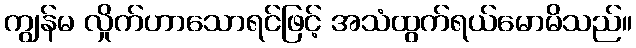
ကျွန်မ လှိုက်ဟာသောရင်ဖြင့် အသံထွက်ရယ်မောမိသည်။